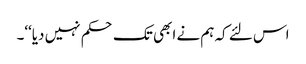
اس لئے کہ ہم نے ابھی تک حکم نہیں دیا‘‘۔